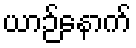
ယာဉ်နောက်